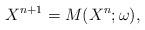
LaTeX: \begin{align*} X^{n+1} = M(X^n;\omega),\end{align*}